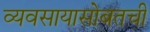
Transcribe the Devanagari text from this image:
व्यवसायासोबतची